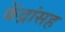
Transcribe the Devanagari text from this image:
केंद्रांसह